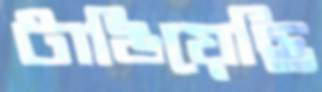
টাঙিয়েছি